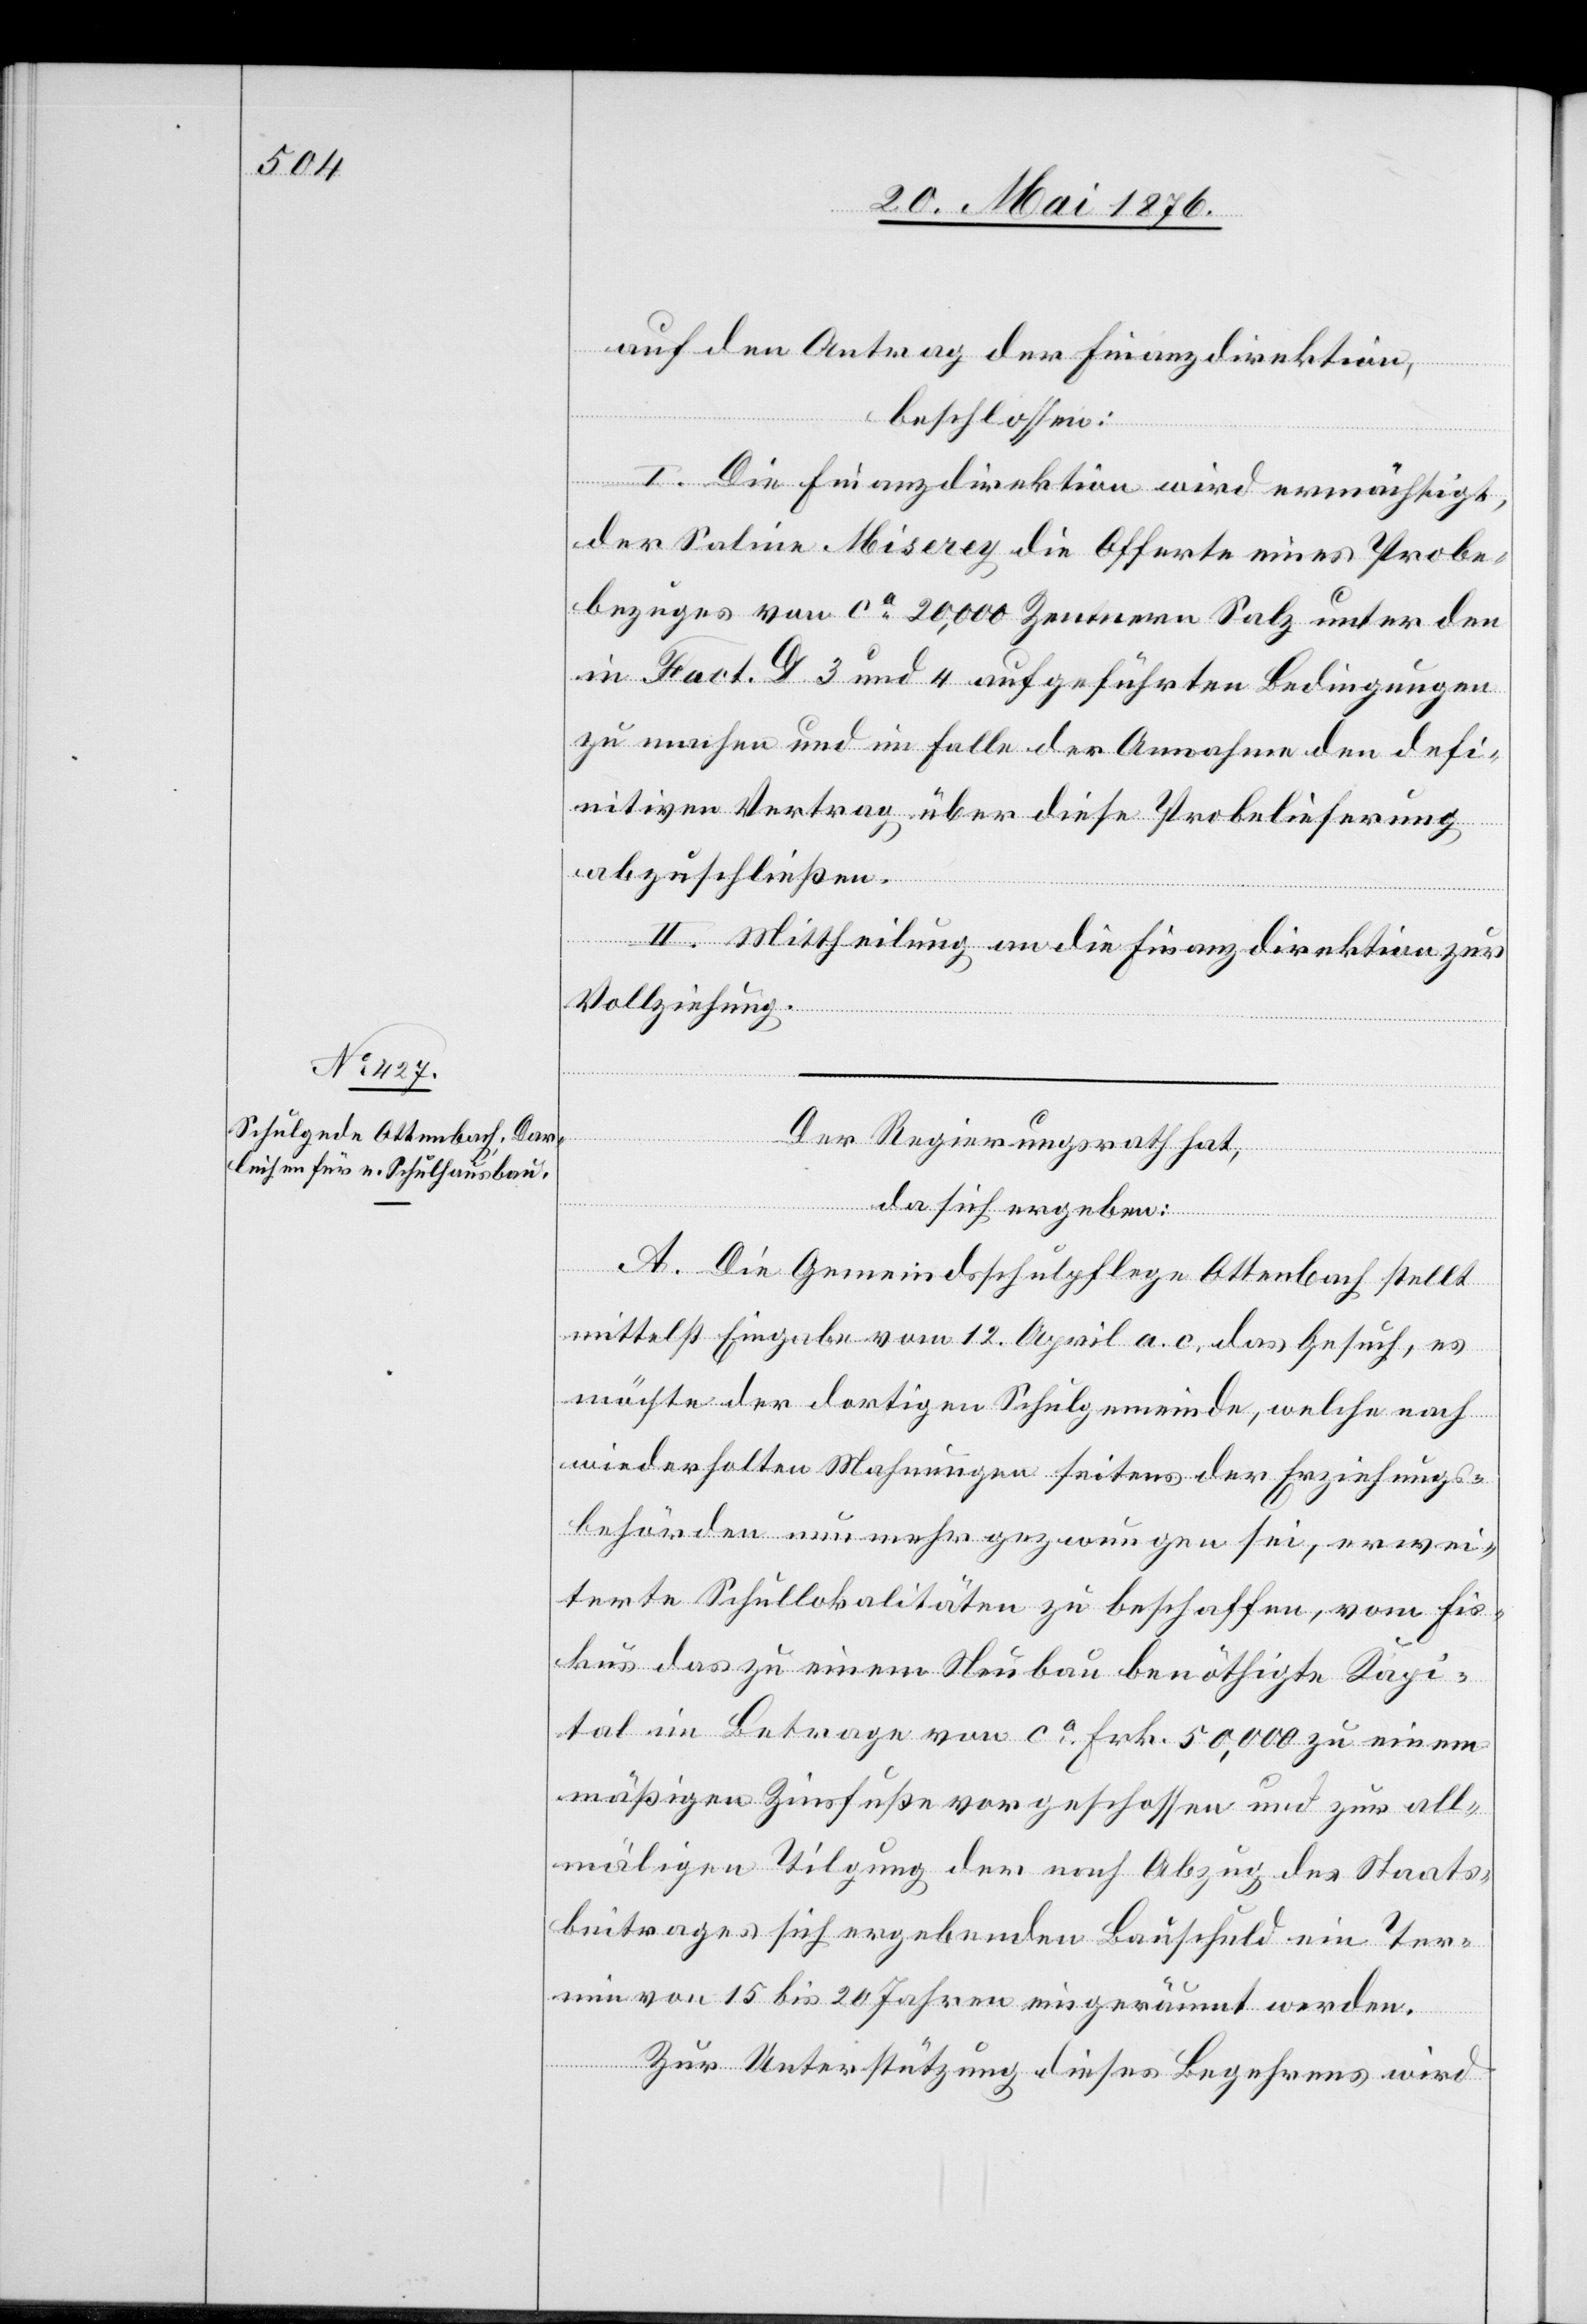
auf den Antrag der Finanzdirektion,
beschlossen:
I. Die Finanzdirektion wird ermächtigt,
der Saline Miserey die Offerte eines Probe¬
bezuges von ca 20,000 Zentnern Salz unter den
in Fact. D 3 und 4 aufgeführten Bedingungen
zu machen und im Falle der Annahme den defi¬
nitiven Vertrag über diese Probelieferung
abzuschließen.
II. Mittheilung an die Finanzdirektion zur
Vollziehung.
Der Regierungsrath hat,
da sich ergeben:
A. Die Gemeindsschulpflege Ottenbach stellt
mittelst Eingabe vom 12. April a. c., das Gesuch, es
möchte der dortigen Schulgemeinde, welche nach
wiederholten Mahnungen seitens der Erziehungs¬
behörden nunmehr gezwungen sei, erwei¬
terte Schullokalitäten zu beschaffen, vom Fis¬
kus das zu einem Neubau benöthigte Kapi¬
tal im Betrage von ca Fr. 50,000 zu einem
mäßigen Zinsfuße vorgeschossen und zur all¬
mäligen Tilgung der nach Abzug des Staats¬
beitrages sich ergebenden Bauschuld ein Ter¬
min von 15 bis 20 Jahren eingeräumt werden.
Zur Unterstützung dieses Begehrens wird